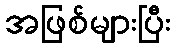
အဖြစ်များပြီး